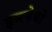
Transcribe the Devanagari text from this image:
इसयेयो